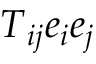
\boldsymbol { T } _ { i j } \boldsymbol { e } _ { i } \boldsymbol { e } _ { j }